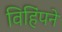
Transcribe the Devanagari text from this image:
विहिंपने